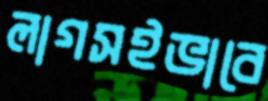
লাগসইভাবে